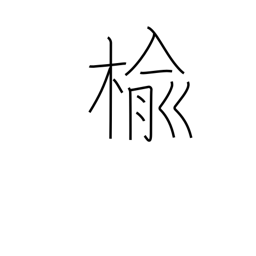
Meaning: elm